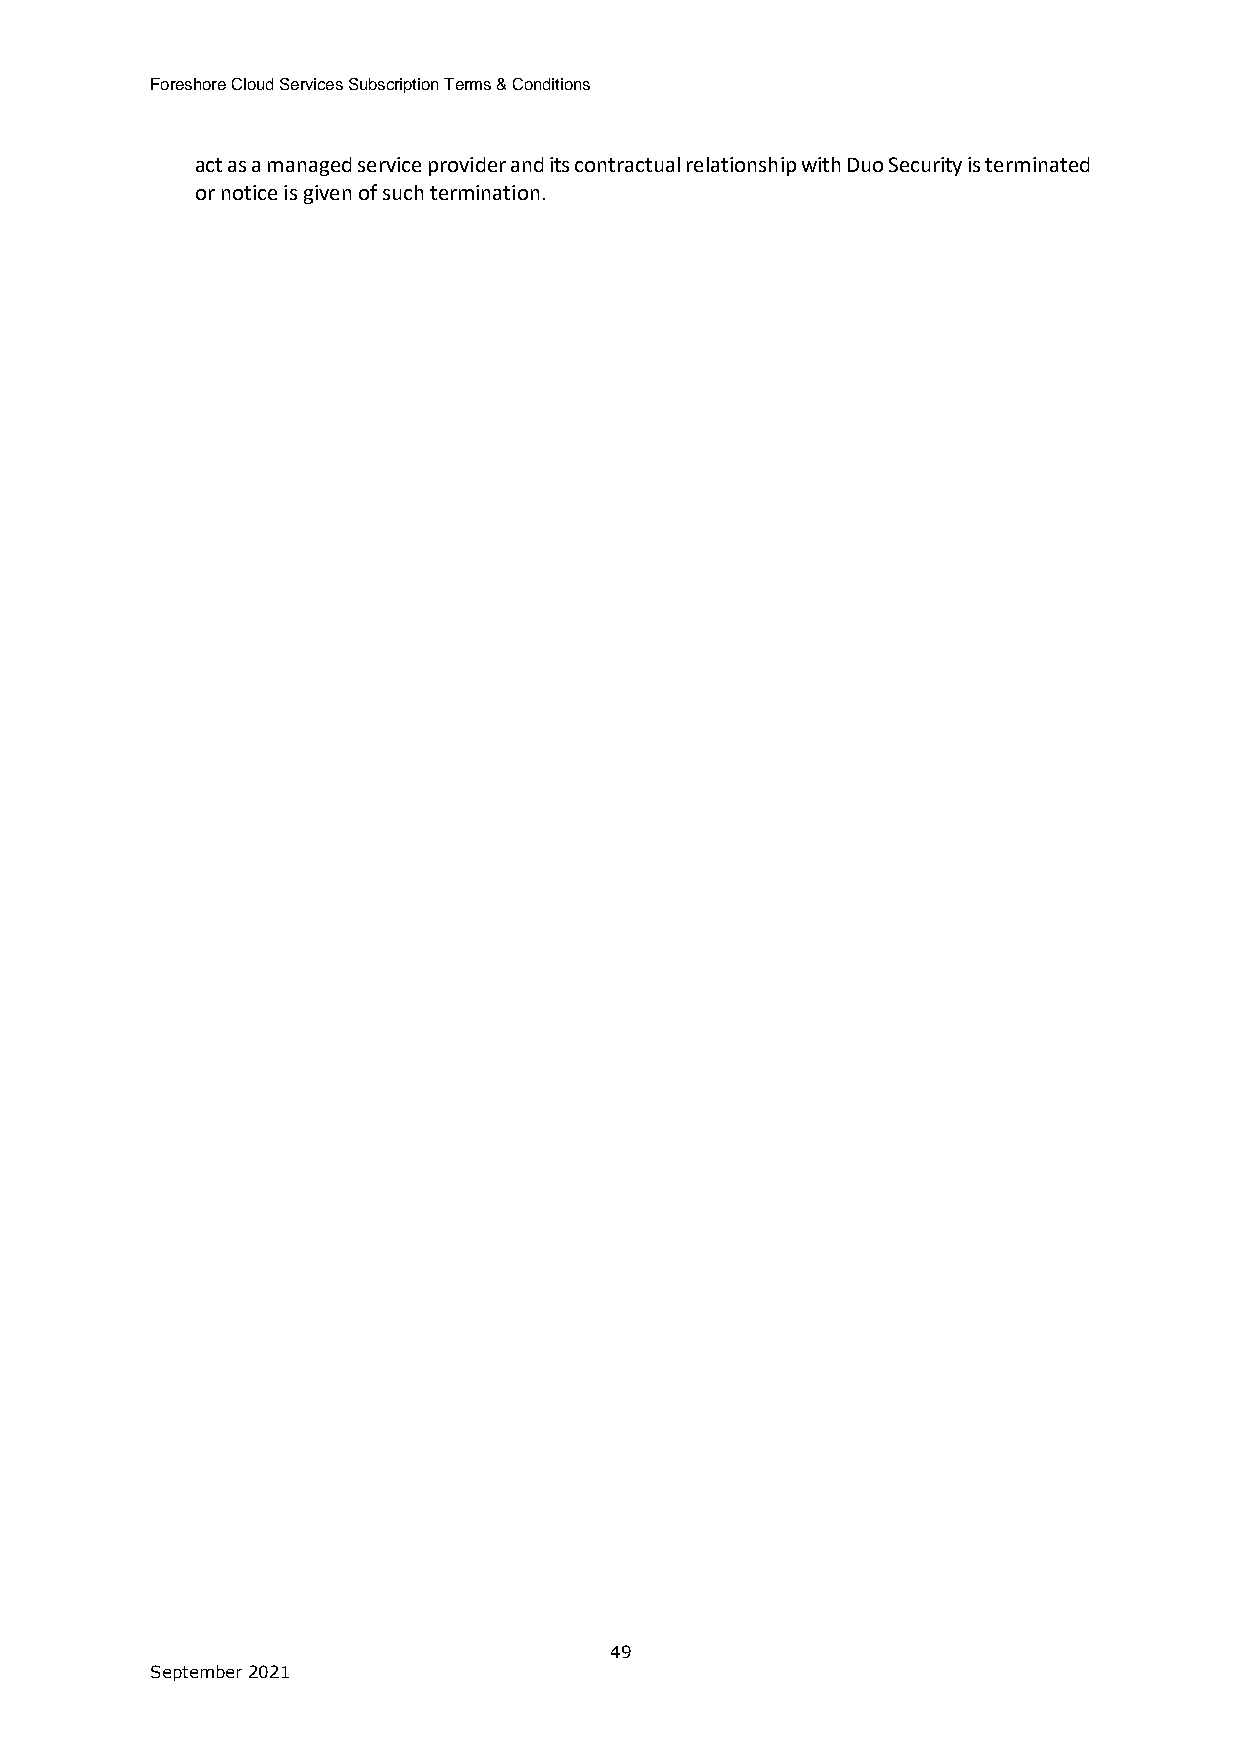
Foreshore Cloud Services Subscription Terms & Conditions
 act as a managed service provider and its contractual relationship with Duo Security is terminated
 or notice is given of such termination.
 49
 September 2021